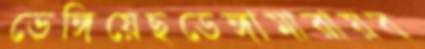
ভেঙ্গিয়েছডেঙ্গামারায়ব